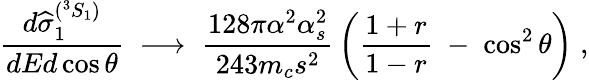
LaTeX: {\frac{d\widehat{\sigma}_{1}^{(^{3}S_{1})}}{dEd\cos\theta}}\; \longrightarrow\; {\frac{128\pi\alpha^{2}\alpha_{s}^{2}}{243m_{c}s^{2}}}\left({\frac{1+r}{1-r}}\; -\; \cos^{2}\theta\right)\; ,